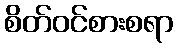
စိတ်ဝင်စားစရာ